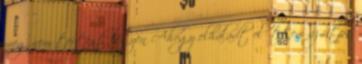
meg nem történt légyen Ahogy elhaladt előttem az úton,